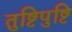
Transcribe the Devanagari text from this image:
तुष्टिपुष्टि